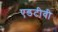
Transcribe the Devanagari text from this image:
एडटीवी